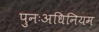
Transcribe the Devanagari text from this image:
पुनःअधिनियम